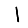
Digit: 1